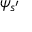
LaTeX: \psi _ { s ^ { \prime } }